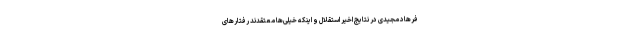
فرهاد مجیدی در نتایج اخیر استقلال و اینکه خیلی‌ها معتقدند رفتارهای